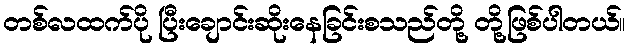
တစ်လထက်ပို ပြီးချောင်းဆိုးနေခြင်းစသည်တို့ တို့ဖြစ်ပါတယ်။